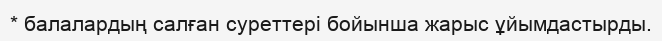
* балалардың салған суреттері бойынша жарыс ұйымдастырды.